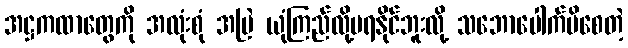
အဋ္ဌကထာတွေကို အလုံးစုံ အမြဲ ယုံကြည်လို့မရနိုင်ဘူးလို့ သဘောပေါက်မိစေတဲ့